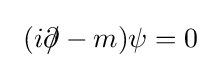
\ (i{\partial \!\!\!/}-m)\psi =0~